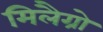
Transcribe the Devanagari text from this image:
मिलैग्रो